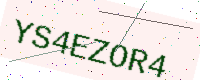
Text: YS4EZOR4